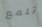
تلمع